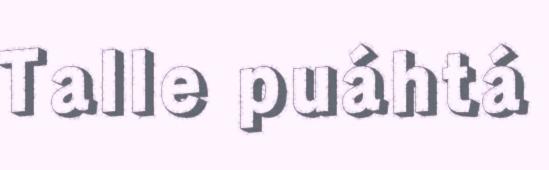
Talle puáhtá